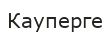
Кауперге